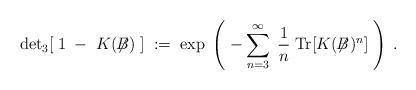
LaTeX: \begin{align*}\mbox{det}_3[\; 1 \; - \; K (\not{\!\!B})\; ] \; := \;\exp \; \left( \; - \sum_{n=3}^\infty \; \frac{1}{n}\;\mbox{Tr} [ K(\not{\!\!B})^n] \; \right) \; .\end{align*}